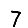
Digit: 7